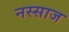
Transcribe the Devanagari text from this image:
नस्साज